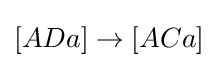
[ADa]\rightarrow [ACa]